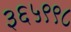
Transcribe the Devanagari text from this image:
३६५९९८